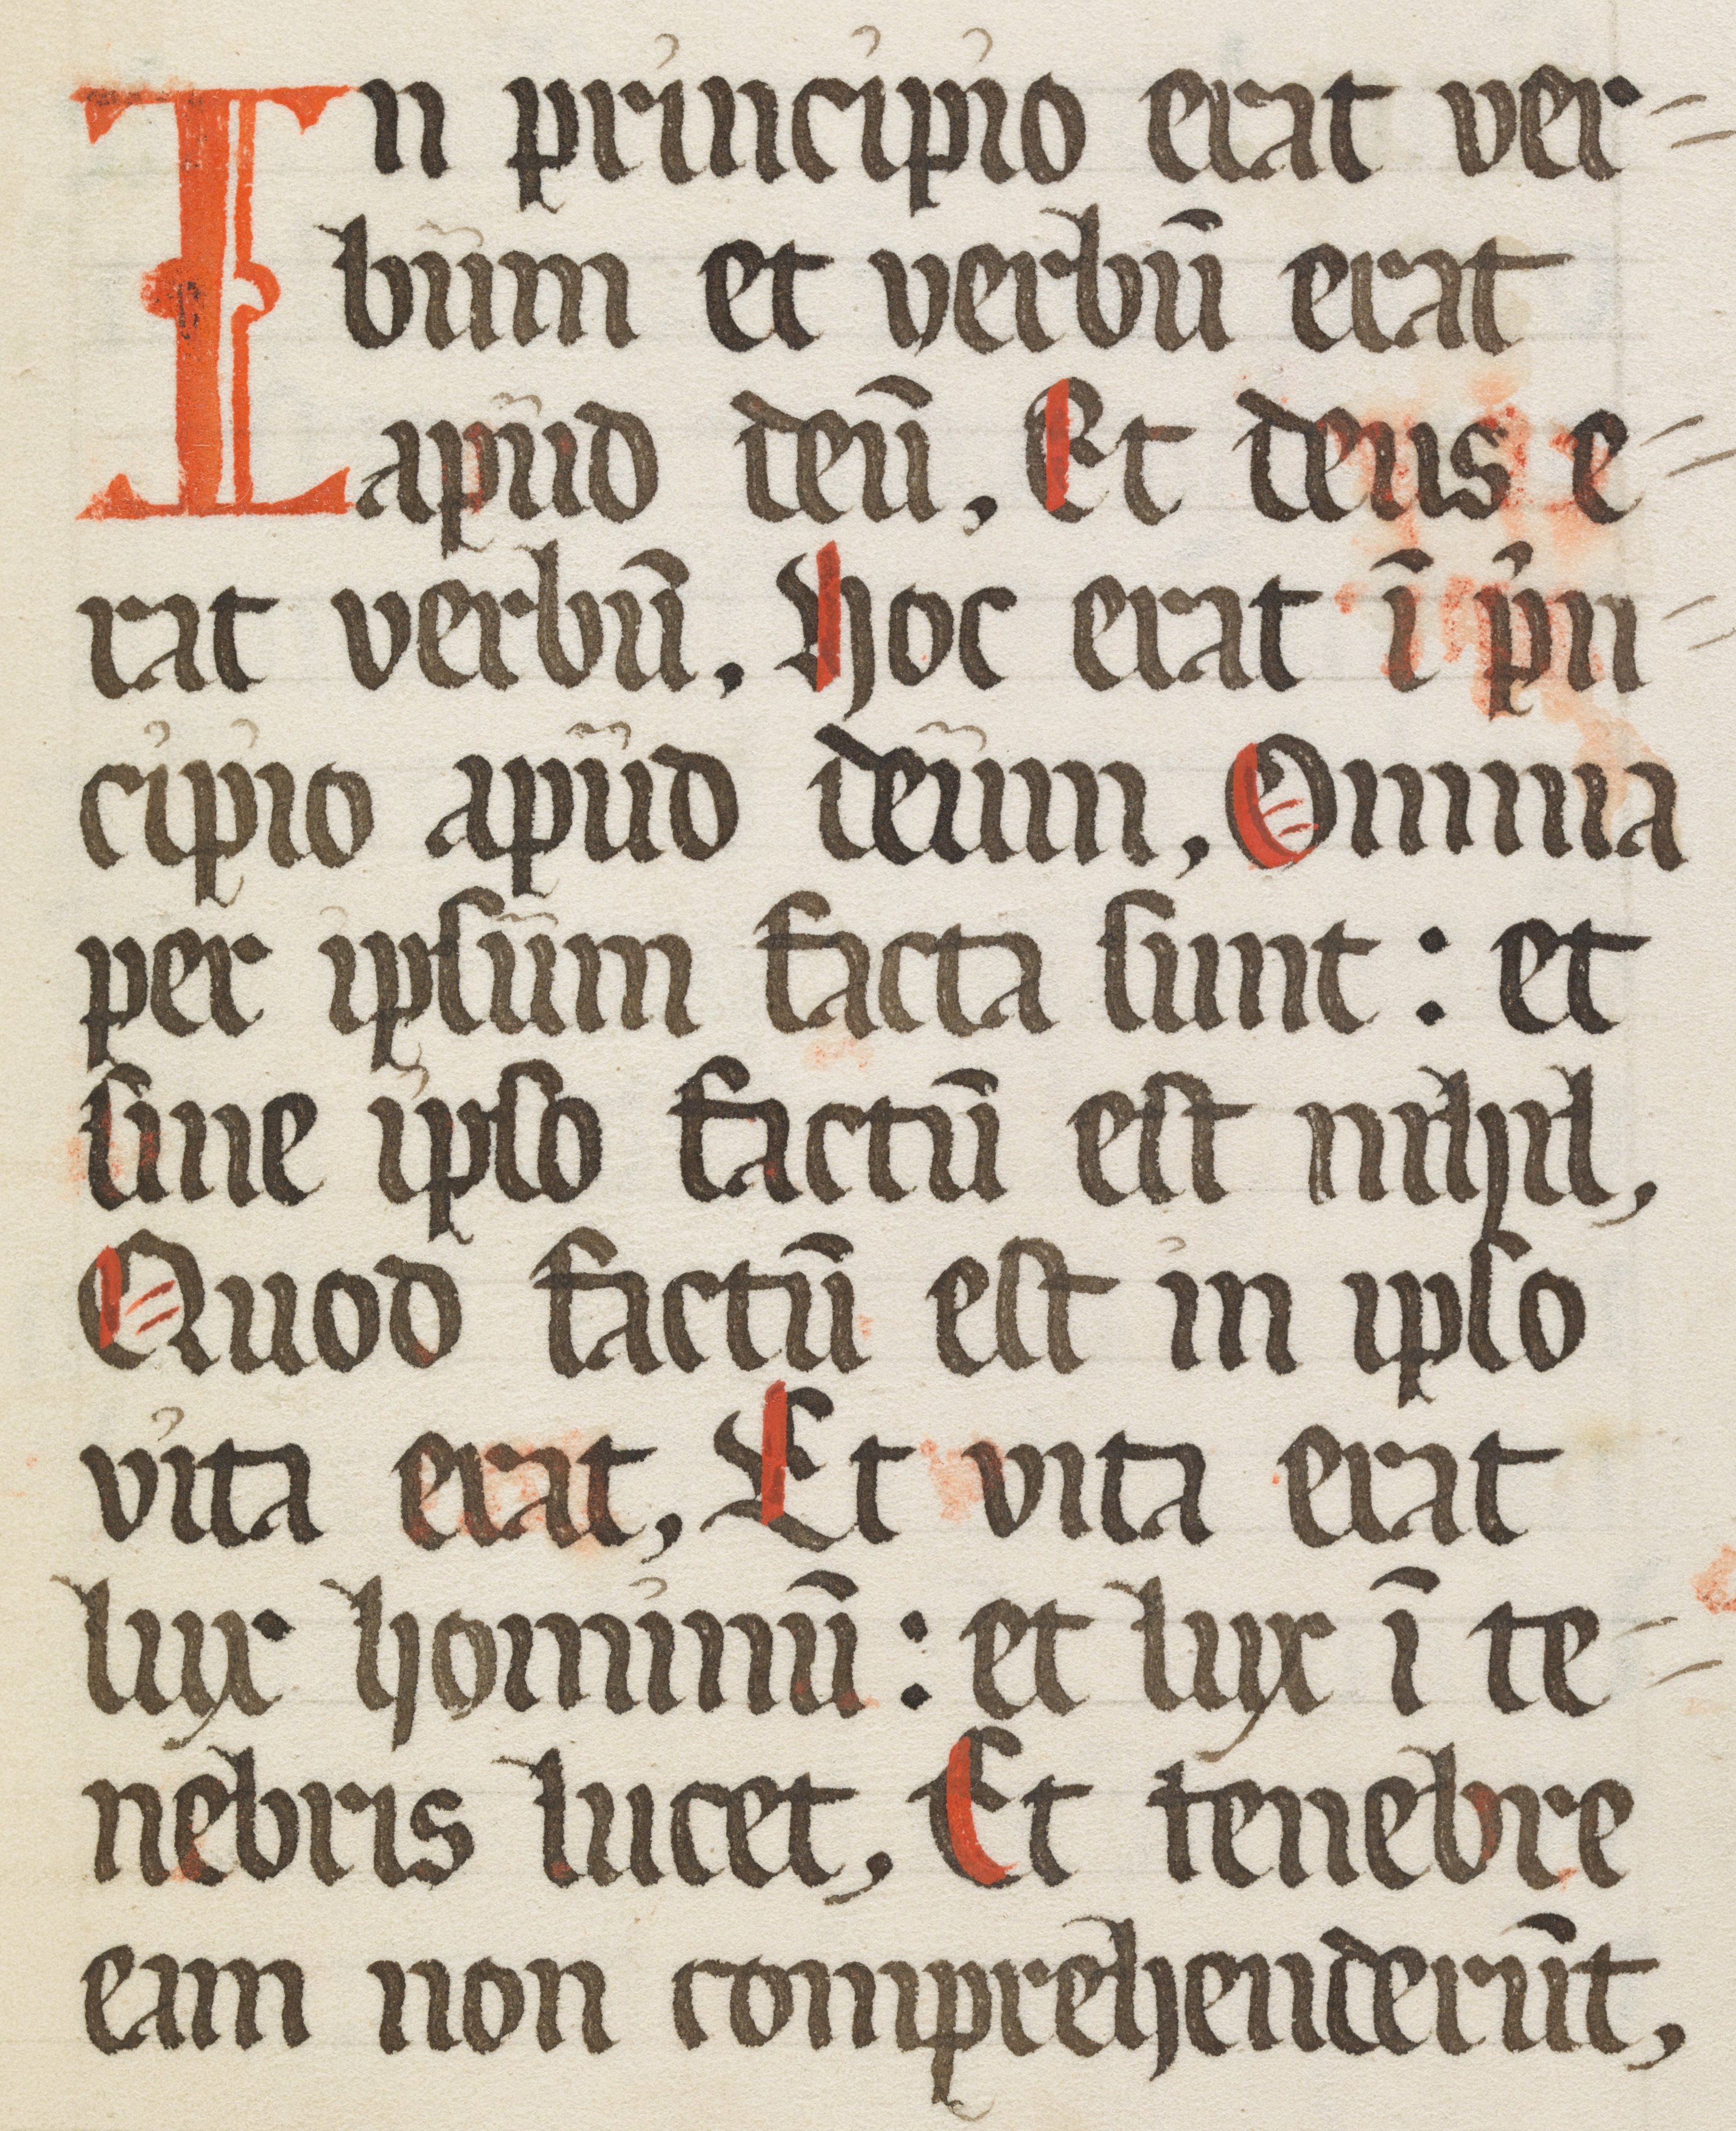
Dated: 1500–1599